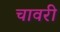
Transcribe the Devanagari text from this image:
चावरी